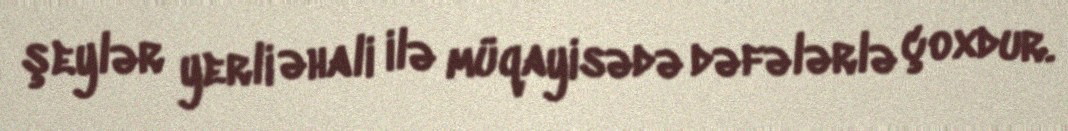
şeylər yerli əhali ilə müqayisədə dəfələrlə çoxdur.